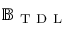
\mathbb { B } _ { \mathrm { ~ T ~ D ~ L ~ } }